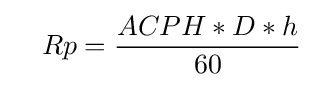
\quad Rp={\frac {ACPH*D*h}{60}}